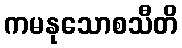
ကမနုသောစသီတိ